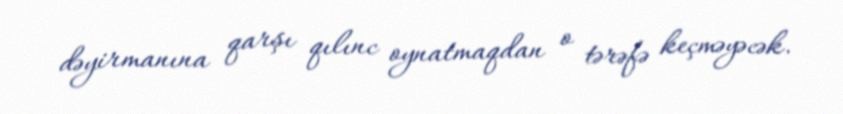
dəyirmanına qarşı qılınc oynatmaqdan o tərəfə keçməyəcək.